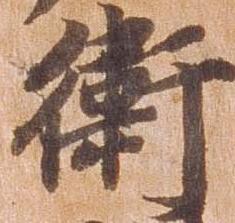
衛